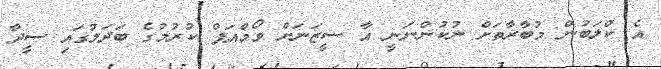
އެ ކްލަބުން މުބާރާތަށް ނުކުންނަނީ އާ ސީޒަނަށް ވޯމްއަޕް ކުރުމުގެ ބަދަލުގައި ސީދާ